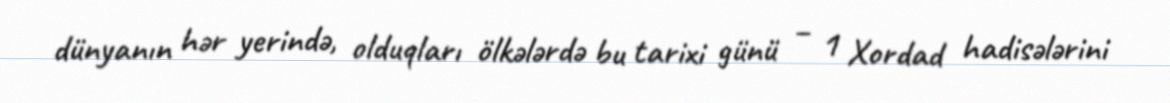
dünyanın hər yerində, olduqları ölkələrdə bu tarixi günü – 1 Xordad hadisələrini